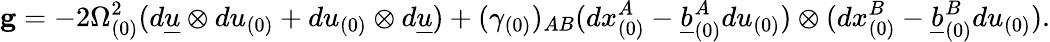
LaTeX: {\mathbf g}=-2\Omega_{(0)}^{2}(d{\underline{{u}}}\otimes du_{(0)}+du_{(0)}\otimes d{\underline{{u}}})+(\gamma_{(0)})_{AB}(dx_{(0)}^{A}-\underline{{b}}_{(0)}^{A}du_{(0)})\otimes(dx_{(0)}^{B}-\underline{{b}}_{(0)}^{B}du_{(0)}).